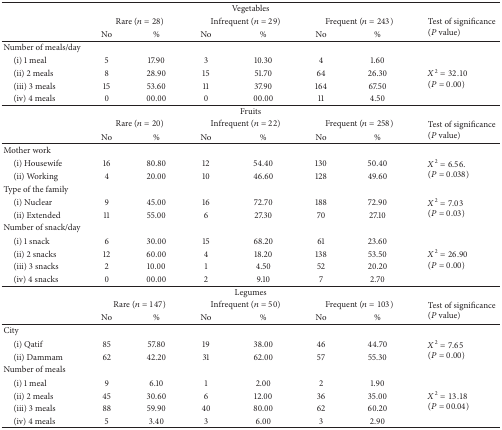
<table><thead><tr><td colspan="8"><b>Vegetables</b></td></tr><tr><td></td><td colspan="2"><b>Rare (<i>n</i> = 28)</b></td><td colspan="2"><b>Infrequent (<i>n</i> = 29)</b></td><td colspan="2"><b>Frequent (<i>n</i> = 243)</b></td><td rowspan="2"><b>Test of significance (<i>P</i> value)</b></td></tr><tr><td><b> </b></td><td><b>No</b></td><td><b>%</b></td><td><b>No</b></td><td><b>%</b></td><td><b>No</b></td><td><b>%</b></td></tr></thead><tbody><tr><td>Number of meals/day </td><td> </td><td> </td><td> </td><td> </td><td> </td><td> </td><td> </td></tr><tr><td> (i) 1 meal</td><td>5</td><td>17.90</td><td>3</td><td>10.30</td><td>4</td><td>1.60</td><td rowspan="4"><i>X</i><sup>2</sup> = 32.10 (<i>P</i> = 0.00)</td></tr><tr><td> (ii) 2 meals</td><td>8</td><td>28.90</td><td>15</td><td>51.70</td><td>64</td><td>26.30</td></tr><tr><td> (iii) 3 meals</td><td>15</td><td>53.60</td><td>11</td><td>37.90</td><td>164</td><td>67.50</td></tr><tr><td> (iv) 4 meals</td><td>0</td><td>00.00</td><td>0</td><td>00.00</td><td>11</td><td>4.50</td></tr><tr><td colspan="8">Fruits</td></tr><tr><td> </td><td colspan="2">Rare (<i>n</i> = 20)</td><td colspan="2">Infrequent (<i>n</i> = 22)</td><td colspan="2">Frequent (<i>n</i> = 258)</td><td rowspan="2">Test of significance (<i>P</i> value)</td></tr><tr><td> </td><td>No</td><td>%</td><td>No</td><td>%</td><td>No</td><td>%</td></tr><tr><td>Mother work</td><td> </td><td> </td><td> </td><td> </td><td> </td><td> </td><td> </td></tr><tr><td> (i) Housewife</td><td>16</td><td>80.80</td><td>12</td><td>54.40</td><td>130</td><td>50.40</td><td rowspan="2"><i>X</i><sup>2</sup> = 6.56.(<i>P</i> = 0.038)</td></tr><tr><td> (ii) Working</td><td>4</td><td>20.00</td><td>10</td><td>46.60</td><td>128</td><td>49.60</td></tr><tr><td>Type of the family</td><td> </td><td> </td><td> </td><td> </td><td> </td><td> </td><td> </td></tr><tr><td> (i) Nuclear</td><td>9</td><td>45.00</td><td>16</td><td>72.70</td><td>188</td><td>72.90</td><td rowspan="2"><i>X</i><sup>2</sup> = 7.03 (<i>P</i> = 0.03) </td></tr><tr><td> (ii) Extended</td><td>11</td><td>55.00</td><td>6</td><td>27.30</td><td>70</td><td>27.10</td></tr><tr><td>Number of snack/day</td><td> </td><td> </td><td> </td><td> </td><td> </td><td> </td><td> </td></tr><tr><td> (i) 1 snack</td><td>6</td><td>30.00</td><td>15</td><td>68.20</td><td>61</td><td>23.60</td><td rowspan="4"><i>X</i><sup>2</sup> = 26.90 (<i>P</i> = 0.00)</td></tr><tr><td> (ii) 2 snacks</td><td>12</td><td>60.00</td><td>4</td><td>18.20</td><td>138</td><td>53.50</td></tr><tr><td> (iii) 3 snacks</td><td>2</td><td>10.00</td><td>1</td><td>4.50</td><td>52</td><td>20.20</td></tr><tr><td> (iv) 4 snacks</td><td>0</td><td>00.00</td><td>2</td><td>9.10</td><td>7</td><td>2.70</td></tr><tr><td colspan="8">Legumes</td></tr><tr><td></td><td colspan="2">Rare (<i>n</i> = 147)</td><td colspan="2">Infrequent (<i>n</i> = 50)</td><td colspan="2">Frequent (<i>n</i> = 103)</td><td rowspan="2">Test of significance (<i>P</i> value)</td></tr><tr><td> </td><td>No</td><td>%</td><td>No</td><td>%</td><td>No</td><td>%</td></tr><tr><td>City</td><td> </td><td> </td><td> </td><td> </td><td> </td><td> </td><td> </td></tr><tr><td> (i) Qatif</td><td>85</td><td>57.80</td><td>19</td><td>38.00</td><td>46</td><td>44.70</td><td rowspan="2"><i>X</i><sup>2</sup> = 7.65 (<i>P</i> = 0.00)</td></tr><tr><td> (ii) Dammam</td><td>62</td><td>42.20</td><td>31</td><td>62.00</td><td>57</td><td>55.30</td></tr><tr><td>Number of meals</td><td> </td><td> </td><td> </td><td> </td><td> </td><td> </td><td> </td></tr><tr><td> (i) 1 meal</td><td>9</td><td>6.10</td><td>1</td><td>2.00</td><td>2</td><td>1.90</td><td rowspan="4"><i>X</i><sup>2</sup> = 13.18 (<i>P</i> = 00.04)</td></tr><tr><td> (ii) 2 meals</td><td>45</td><td>30.60</td><td>6</td><td>12.00</td><td>36</td><td>35.00</td></tr><tr><td> (iii) 3 meals</td><td>88</td><td>59.90</td><td>40</td><td>80.00</td><td>62</td><td>60.20</td></tr><tr><td> (iv) 4 meals</td><td>5</td><td>3.40</td><td>3</td><td>6.00</td><td>3</td><td>2.90</td></tr></tbody></table>